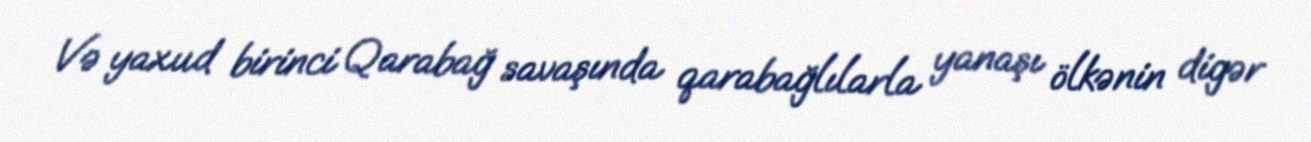
Və yaxud birinci Qarabağ savaşında qarabağlılarla yanaşı ölkənin digər